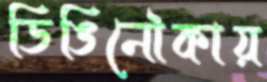
ডিঙিনৌকায়